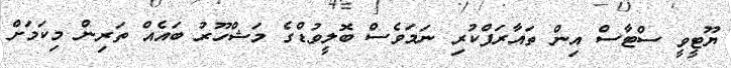
ޔޫޓީވީ ސްޓާސް އިން ތައާރަފްކުރި ނަމަވެސް ބޮލީވުޑްގެ މަޝްހޫރު ބައެއް ތަރިން މިކަމަށް